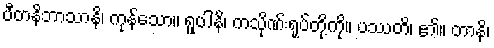
ပီတနိဘာသာနိ၊ ကုန်သော။ ရူပါနိ၊ ကသိုဏ်းရုပ်တို့ကို။ ပဿတိ၊ ၏။ တာနိ၊